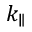
k _ { \parallel }